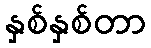
နှစ်နှစ်တာ